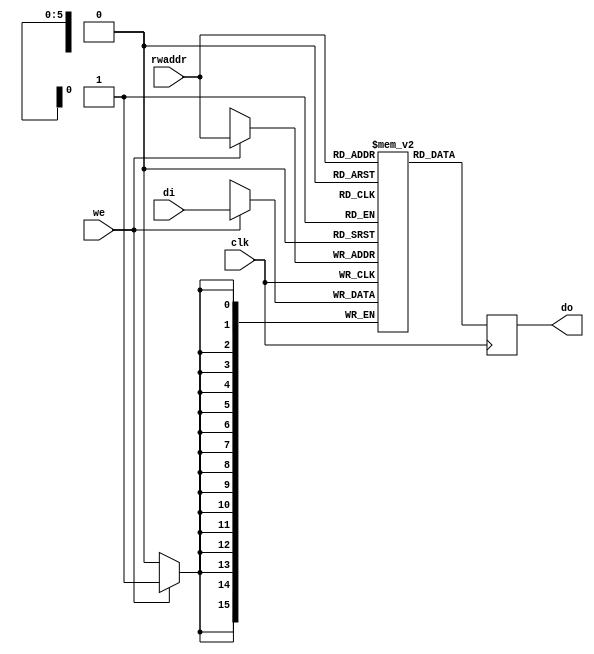
module ram (clk, we, rwaddr, di, do);
  input  clk;
  input  we;
  input  [5:0] rwaddr;
  input  [15:0] di;
  output [15:0] do;
  reg    [15:0] RAM [63:0];
  reg    [15:0] do;

  always @(posedge clk) begin
    if (we)
    begin
      RAM[rwaddr] <= di;
    end
    do <= RAM[rwaddr];    
  end

endmodule